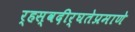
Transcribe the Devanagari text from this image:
र्‍हस्वदीर्घतेप्रमाणे